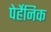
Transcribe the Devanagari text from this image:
पेर्हेनिक